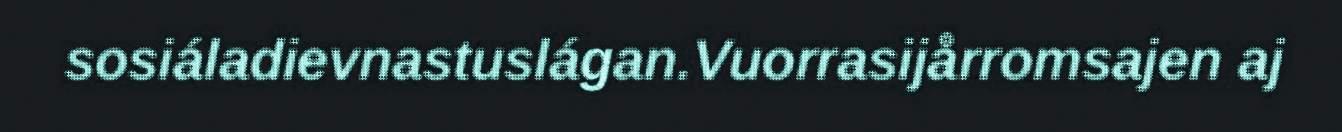
sosiáladievnastuslágan.Vuorrasijårromsajen aj